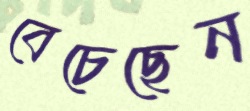
বেচেছেন